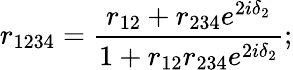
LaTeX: r_{1234}=\frac{r_{12}+r_{234}e^{2i\delta_{2}}}{1+r_{12}r_{234}e^{2i\delta_{2}}};